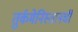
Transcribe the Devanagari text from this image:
तुर्कमेनिस्तानची